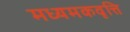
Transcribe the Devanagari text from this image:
मध्यमकवृत्ति